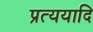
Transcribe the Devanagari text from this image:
प्रत्ययादि